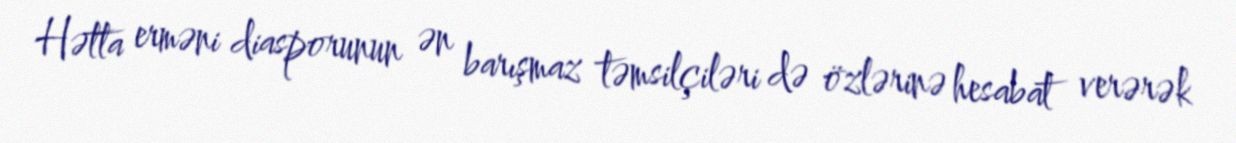
Hətta erməni diasporunun ən barışmaz təmsilçiləri də özlərinə hesabat verərək